Report on the lunatic asylums under the Government of Bombay - 1904-1913
Year: 1904
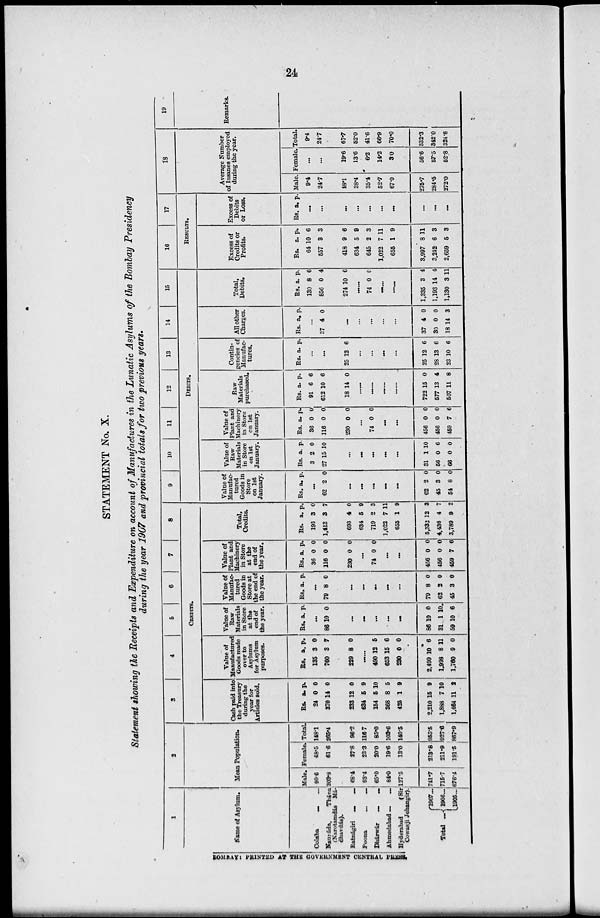
24
STATEMENT No. X.
Statement showing the Receipts and Expenditure on account of Manufactures in the Lunatic Asylums of the Bombay Presidency
during the year 1907 and provincial totals for two previous years.
1
Name of Asylum.
Colaba ... ...
Naupáda,
Thána
(Narotamdás Má-
dhavdás).
Ratnágiri
...
...
Poona
...
...
Dhárwár
...
...
Ahmedabad ... ...
Hyderabad
(Sir
Cowasji Jehangir).
Total
...
1907 ...
1906 ...
1905 ...
2
Mean Population.
Male.
99.6
203.8
68.4
93.4
65.0
84.0
127.5
741.7
715.7
676.4
Female.
48.5
61.6
27.8
23.3
20.0
19.6
13.0
213.8
211.9
191.5
Total.
148.1
265.4
96.2
116.7
85.0
103.6
140.5
955.5
927.6
867.9
3
4
5
6
7
8
CREDITS.
Cash paid into
the Treasury
during the
year for
Articles sold.
Rs.
24
370
233
634
154
368
425
2,210
1,888
1,464
a.
0
14
12
5
5
8
1
15
7
11
p.
0
0
0
9
10
5
9
9
10
2
Value of
Manufactured
Goods made
over to
Asylums
for Asylum
purposes.
Rs.
135
760
229
a.
3
3
8
p.
0
7
0
......
490
653
230
2,499
1,998
1,760
12
15
0
10
8
9
5
6
0
6
11
0
Value of
Raw
Materials
in Store
at the
end of
the year.
Rs. a. p.
...
86 10 0
...
...
...
...
...
86
31
59
10
1
10
0
10
6
Value of
Manufac-
tured
Goods in
Store at
the end of
the year.
Rs. a. p.
...
79 8 0
...
...
...
...
...
79
62
45
8
2
3
0
0
0
Value of
Plant and
Machinery
in Store
at the
end of
the year.
Rs.
36
116
230
a.
0
0
0
p.
0
0
0
...
74 0 0
...
...
456
456
459
0
0
7
0
0
6
Total,
Credits.
Rs.
195
1,413
693
634
719
1,022
655
5,332
4,436
3,789
a.
3
3
4
5
2
7
1
12
4
9
p.
0
7
0
9
3
11
9
3
7
2
9
10
11
12
13
14
15
DEBITS.
Value of
Manufac-
tured
Goods in
Store
on 1st
January.
Rs. a. p.
...
62 2 0
...
...
...
...
...
62
45
54
2
3
8
0
0
0
Value of
Raw
Materials
in Store
on 1st
January.
Rs
3
27
a.
2
15
p.
0
10
...
...
...
...
...
31
56
66
1
0
0
10
6
0
Value of
Plant and
Machinery
in Store
on 1st
January.
Rs.
36
116
230
a.
0
0
0
p.
0
0
0
...
74 0 0
...
...
456
456
459
0
0
7
0
0
6
Raw
Materials
purchased.
Rs.
91
612
18
a.
6
10
14
p.
6
6
0
......
......
......
......
722
577
507
15
13
11
0
4
8
Contin-
gencies of
Manufac-
tures.
Rs. a.
p.
...
...
25 12 6
...
...
...
...
25
28
23
12
13
10
6
6
6
All other
Charges.
Rs. a. p.
...
37 4 0
...
...
...
...
...
37
30
18
4
0
14
0
0
3
Total,
Debits.
Rs.
130
856
274
a.
8
0
10
p.
6
4
6
......
74 0 0
......
......
1,335
1,193
1,130
3
14
3
4
4
11
16
17
RESULTS.
Excess of
Credits or
Profits.
Rs.
64
557
418
634
645
1,022
655
3,997
3,242
2,659
a.
10
3
9
5
2
7
1
8
6
5
p.
6
3
6
9
3
11
9
11
3
3
Excess of
Debits
or Loss.
Rs. a. p.
...
...
...
...
...
...
...
...
...
...
18
Average Number
of Insanes employed
during the year.
Male.
9.4
24.7
48.1
38.4
35.4
52.7
67.0
275.7
284.5
272.0
Female.
...
...
19.6
13.6
6.2
14.2
3.0
56.6
57.5
52.8
Total.
9.4
24.7
67.7
52.0
41.6
66.9
70.0
332.3
342.0
324.8
19
Remarks.
BOMBAY: PRINTED AT THE GOVERNMENT CENTRAL PRESS.